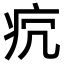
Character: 𤴺